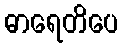
ဓာရေတိပေ